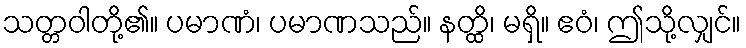
သတ္တဝါတို့၏။ ပမာဏံ၊ ပမာဏသည်။ နတ္ထိ၊ မရှိ။ ဧဝံ၊ ဤသို့လျှင်။